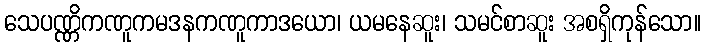
သေပဏ္ဏိကဏူကမဒနကဏူကာဒယော၊ ယမနေဆူး၊ သမင်စာဆူး အစရှိကုန်သော။